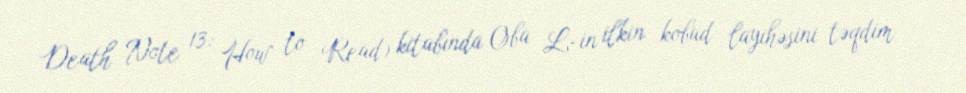
Death Note 13: How to Read) kitabında Oba L-in ilkin kobud layihəsini təqdim